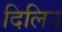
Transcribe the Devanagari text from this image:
दिलिउ